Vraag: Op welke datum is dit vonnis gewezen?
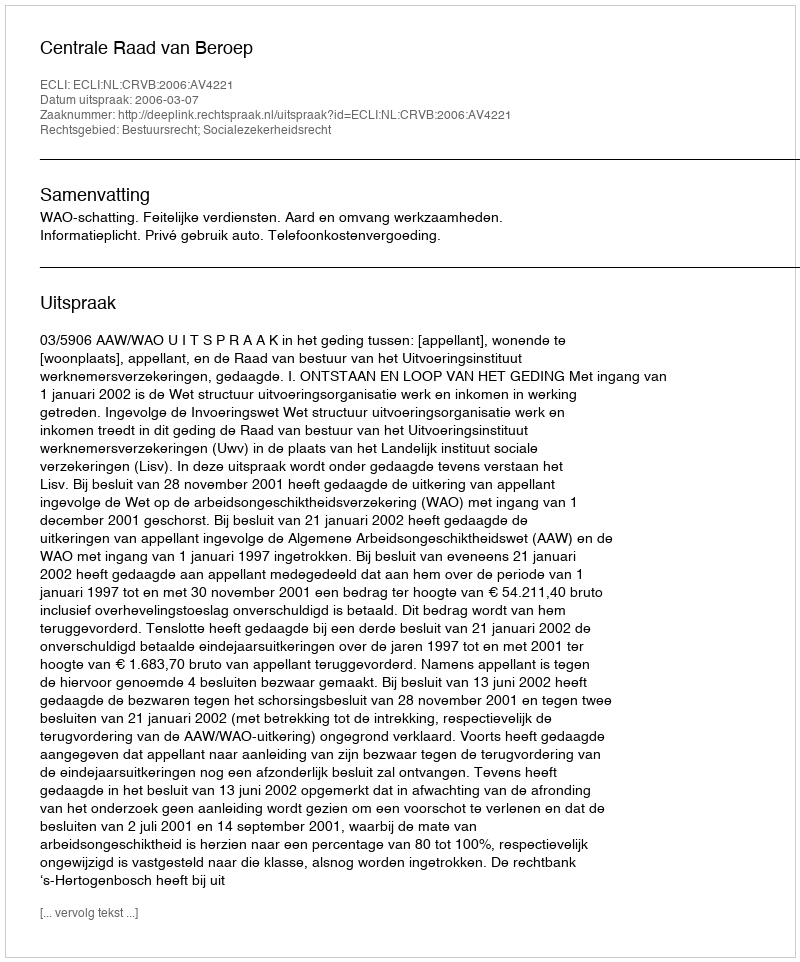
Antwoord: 2006-03-07